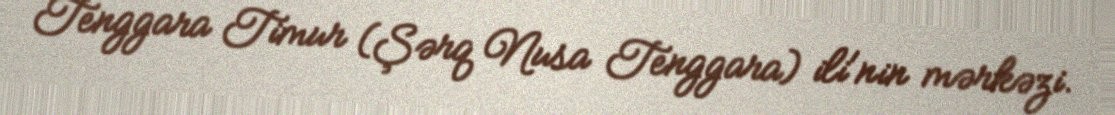
Tenggara Timur (Şərq Nusa Tenggara) ili'nin mərkəzi.